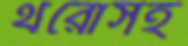
থরোসহ